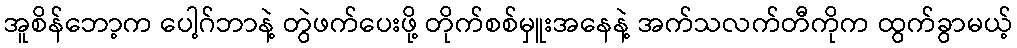
အူစိန်ဘော့က ပေါ့ဂ်ဘာနဲ့ တွဲဖက်ပေးဖို့ တိုက်စစ်မှူးအနေနဲ့ အက်သလက်တီကိုက ထွက်ခွာမယ့်